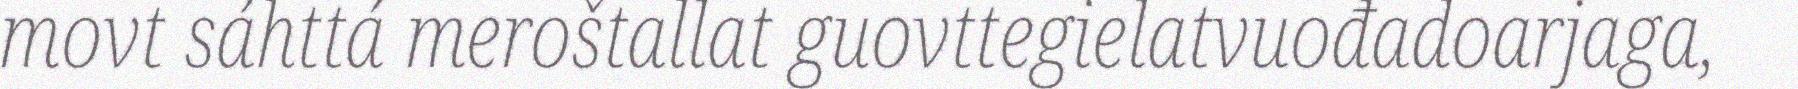
movt sáhttá meroštallat guovttegielatvuođadoarjaga,